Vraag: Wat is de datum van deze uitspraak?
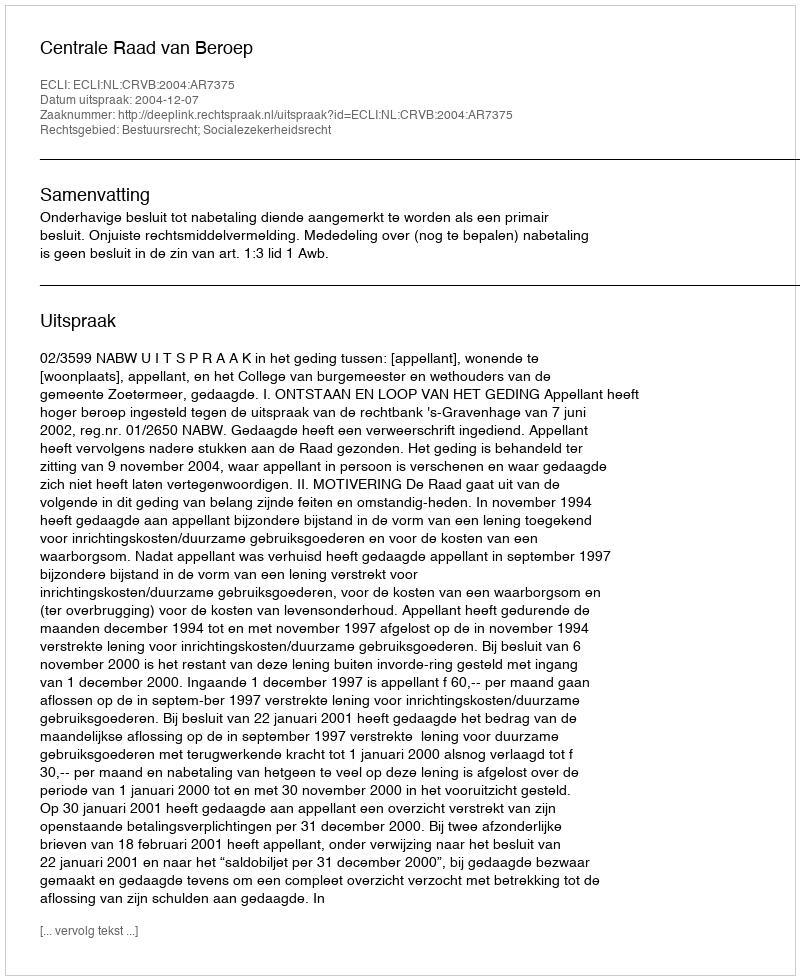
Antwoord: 2004-12-07